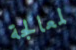
لمعالجة